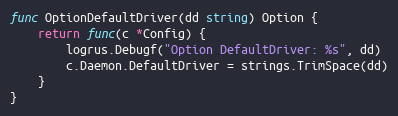
Language: Go
func OptionDefaultDriver(dd string) Option {
	return func(c *Config) {
		logrus.Debugf("Option DefaultDriver: %s", dd)
		c.Daemon.DefaultDriver = strings.TrimSpace(dd)
	}
}